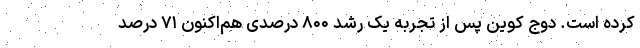
کرده است. دوج کوین پس از تجربه یک رشد ۸۰۰ درصدی هم‌اکنون ۷۱ درصد